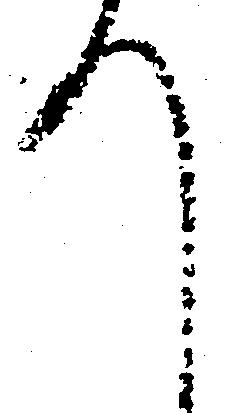
て